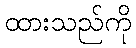
ထားသည်ကို